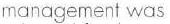
management was